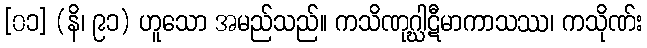
[၀၁] (နိ၊ ၉၁) ဟူသော အမည်သည်။ ကသိဏုဂ္ဃါဋီမာကာသဿ၊ ကသိုဏ်း